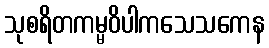
သုစရိတကမ္မဝိပါကသေသကေန